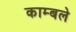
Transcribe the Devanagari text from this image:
काम्बले